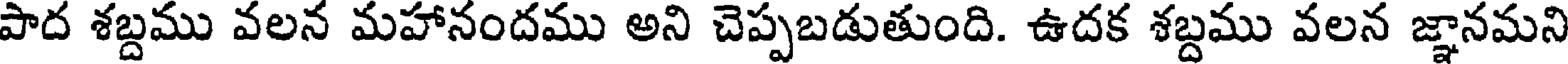
పాద శబ్దము వలన మహానందము అని చెప్పబడుతుంది. ఉదక శబ్దము వలన జ్ఞానమని